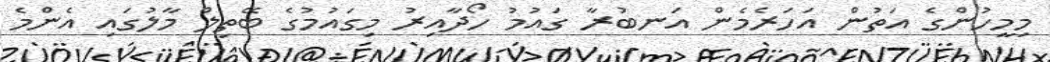
މިމީހުންގެ އަތުން އަހަރެމެން އަނބުރާ ގައުމު ހޯދާއިރު މިގައުމުގެ ބޭތިލް މާލުގައި އެންމެ